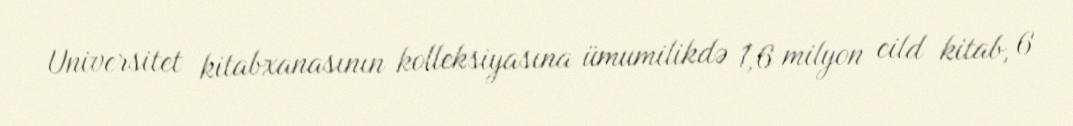
Universitet kitabxanasının kolleksiyasına ümumilikdə 1,6 milyon cild kitab, 6